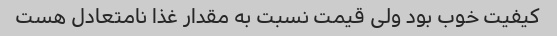
کیفیت خوب بود ولی قیمت نسبت به مقدار غذا نامتعادل هست